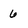
Character: 6